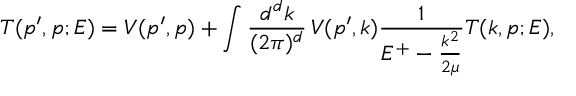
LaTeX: T ( p ^ { \prime } , p ; E ) = V ( p ^ { \prime } , p ) + \int \frac { d ^ { d } k } { ( 2 \pi ) ^ { d } } \, V ( p ^ { \prime } , k ) \frac { 1 } { E ^ { + } - \frac { k ^ { 2 } } { 2 \mu } } T ( k , p ; E ) ,